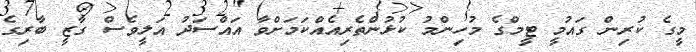
މީގެ ކުރިން ގައުމީ ޓީމްގެ މުހިންމު ކުޅުންތެރިއެއްކަމަށްވާ އައްސަދު އަލީވެސް ގާޒީ ބާރިގެ